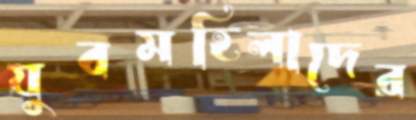
যুবমহিলাদের